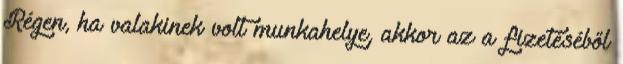
Régen, ha valakinek volt munkahelye, akkor az a fizetéséből